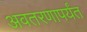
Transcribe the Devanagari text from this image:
अवतरणापर्यंत